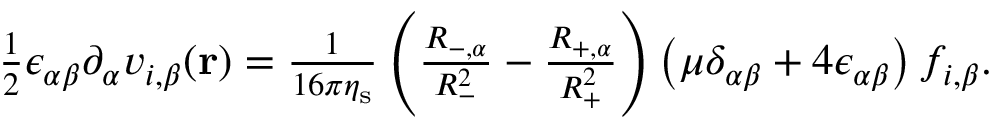
\begin{array} { r } { \frac { 1 } { 2 } \epsilon _ { \alpha \beta } \partial _ { \alpha } v _ { i , \beta } ( \mathbf { r } ) = \frac { 1 } { 1 6 \pi \eta _ { \mathrm { s } } } \left( \frac { R _ { - , \alpha } } { R _ { - } ^ { 2 } } - \frac { R _ { + , \alpha } } { R _ { + } ^ { 2 } } \right) \left( \mu \delta _ { \alpha \beta } + 4 \epsilon _ { \alpha \beta } \right) f _ { i , \beta } . } \end{array}